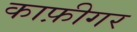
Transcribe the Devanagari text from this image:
काफ़ीगर